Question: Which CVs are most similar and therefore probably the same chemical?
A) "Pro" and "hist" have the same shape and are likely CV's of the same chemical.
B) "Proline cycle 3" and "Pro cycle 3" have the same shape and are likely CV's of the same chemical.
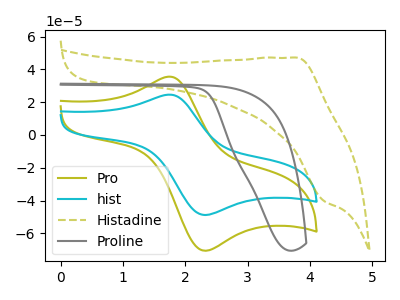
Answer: <think>The olive curve "Pro" has an anodic peak at (1.75V, 35.50uA) and a cathodic peak at (2.30V, -70.55uA). The cyan curve "hist" has an anodic peak at (1.75V, 24.55uA) and a cathodic peak at (2.30V, -48.75uA). The olive dashed curve "Histadine" has an anodic peak at (3.80V, 47.15uA) and a cathodic peak at (4.25V, -40.30uA). The gray curve "Proline" has no peaks.
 All the peaks in "Pro" have a peak in "hist" at the same potential. Every peak in "Pro" is higher than every peak in "hist". "Pro" and "Histadine" have at least one peak that do not match. "Pro" and "Proline" have a different number of peaks. "hist" and "Histadine" have at least one peak that do not match. "hist" and "Proline" have a different number of peaks. "Histadine" and "Proline" have a different number of peaks.</think>
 <answer>A) "Pro" and "hist" have the same shape and are likely CV's of the same chemical.</answer>
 <eval>A</eval>